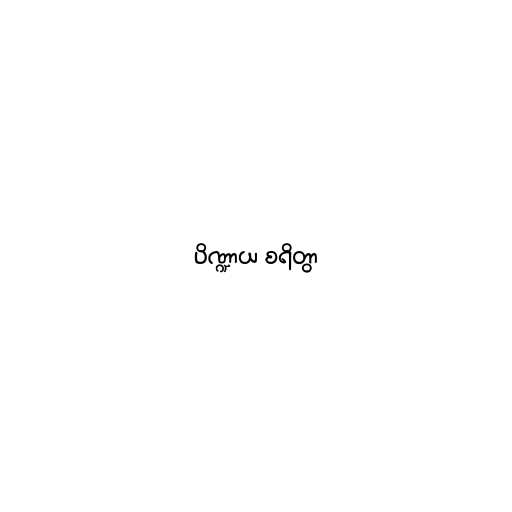
ပိဏ္ဍာယ စရိတွာ